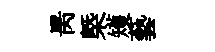
昺㮣矱藝